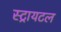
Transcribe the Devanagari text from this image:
स्ट्रायटल